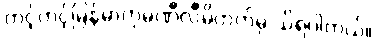
တင့်တင့်မြန်မာကုမ္ပဏီလီမိတက်မှ သိရပါတယ်။